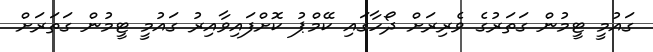
ގައުމީ ޓީމުން ގަތަރުގެ ވެރިރަށް ދޯހާގައި ކޭމްޕު ކޮށްފައިވާއިރު ގައުމީ ޓީމުން ގަތަރަށް